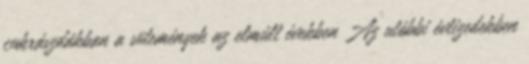
cukrászdákban a sütemények az elmúlt években Az utóbbi évtizedekben